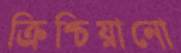
ক্রিশ্চিয়ানো